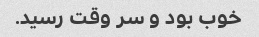
خوب بود و سر وقت رسید.